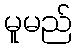
မူမည်